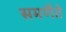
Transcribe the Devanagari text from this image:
समणैते